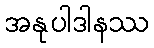
အနုပါဒါနဿ